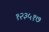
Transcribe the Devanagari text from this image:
१२३५१७